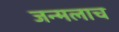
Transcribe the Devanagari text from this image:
जन्मलाच